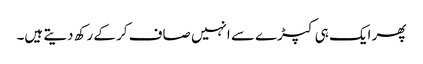
پھر ایک ہی کپڑے سے انہیں صاف کر کے رکھ دیتے ہیں۔